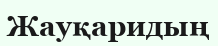
Жауқаридың